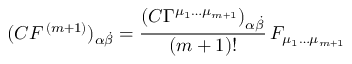
( C { F } ^ { \, ( m + 1 ) } ) _ { \alpha { \dot { \beta } } } = \frac { \left( C \Gamma ^ { { \mu _ { 1 } } \dots { \mu } _ { m + 1 } } \right) _ { \alpha { \dot { \beta } } } } { ( m + 1 ) ! } \, F _ { \mu _ { 1 } \dots \mu _ { m + 1 } }